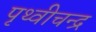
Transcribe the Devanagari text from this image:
पृथ्वीचन्द्र